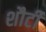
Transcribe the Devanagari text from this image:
शौर्टी